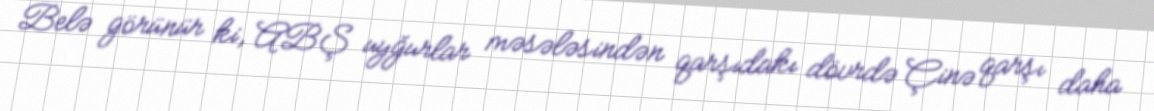
Belə görünür ki, ABŞ uyğurlar məsələsindən qarşıdakı dövrdə Çinə qarşı daha